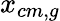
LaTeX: x_{cm,g}